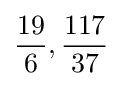
{\frac {19}{6}},{\frac {117}{37}}